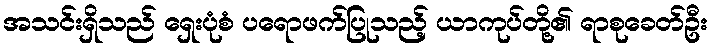
အသင်းရှိသည် ရှေးပုံစံ ပရောဖက်ပြုသည့် ယာကုပ်တို့၏ ရာစုခေတ်ဦး